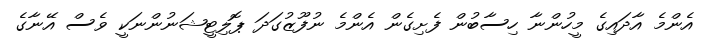
އެންމެ އާދައިގެ މީހުންނާ ހިސާބުން ފެށިގެން އެންމެ ނުފޫޒުގަދަ ޕޮލިޓީޝަނުންނަކީ ވެސް އޭނާގެ